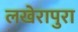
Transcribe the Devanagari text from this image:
लखेरापुरा